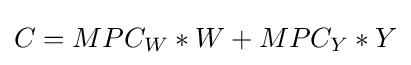
C={MPC_{W}}*W+{MPC_{Y}}*Y